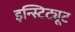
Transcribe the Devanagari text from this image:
इन्स्टिट्यूट